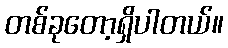
တစ်ခုတော့ရှိပါတယ်။